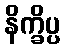
နိက္ခိပ္ပ